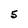
Character: 5